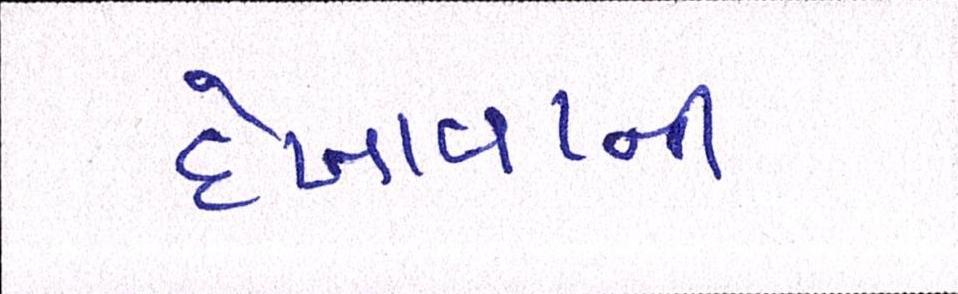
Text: દેખાવાની